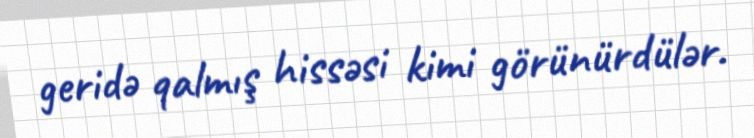
geridə qalmış hissəsi kimi görünürdülər.